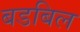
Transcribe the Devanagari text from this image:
बडबिल